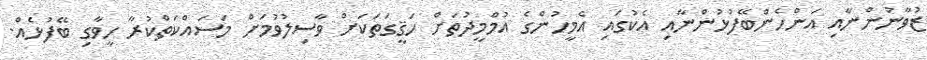
ޒުވާނުންނާއި އަންހެންބޭފުޅުންނާއި އެކުގައި އެމީހުންގެ އުމްމީދުތަށް ހަޤީގަތަކަށް ވާސިލުވުމަށް މަސައްކަތްކުރާ ހީވާގި ބޭފުޅެއް.